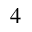
_ 4